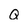
Character: Q